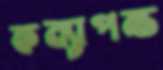
কন্যাপক্ষ